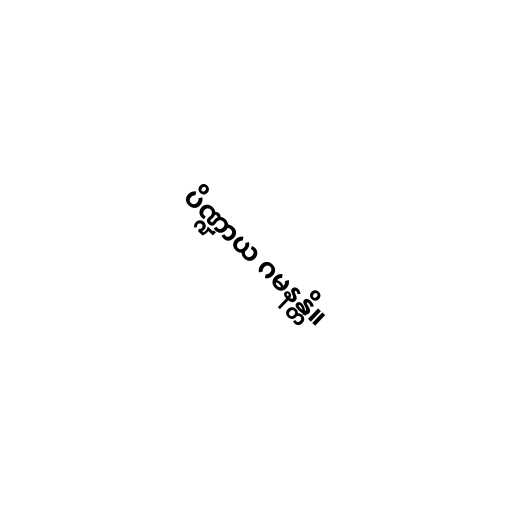
ပိဏ္ဍာယ ဂမနန္တိ။